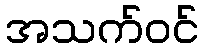
အသက်ဝင်